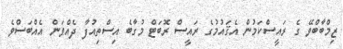
ޒިމްބާބްވޭ ގެ ރައީސްކަމުން އެޤައުމުގެ ރައީސް ރޮބަޓް މުގާބެ އިސްތިއުފާ ދެއްވަން އެއްބަސްވެ